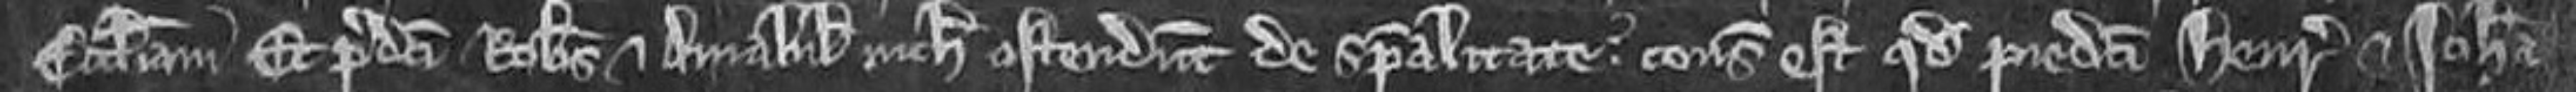
ecclesiam et predicti Robertus et Amabilia nichil ostendunt de specialitate: consideratum est quod predicti Henricus et Johanna